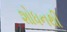
શોધનથી